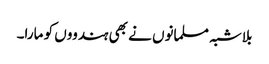
بلاشبہ مسلمانوں نے بھی ہندووں کو مارا۔